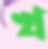
খ